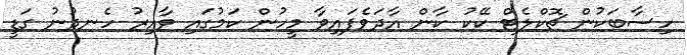
ހިސާބަކުން ޗޮކްލެޓް ކޭކު ކާން އާދަވެފައިވާ މީހުން ކަމުގައި ވާއިރު ހެނދުނު ގަޑީ